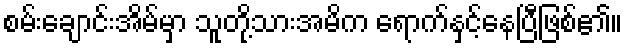
စမ်းချောင်းအိမ်မှာ သူတို့သားအမိက ရောက်နှင့်နေပြီဖြစ်၏။